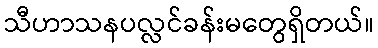
သီဟာသနပလ္လင်ခန်းမတွေရှိတယ်။